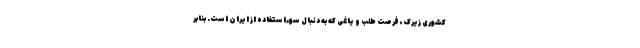
کشوری زیرک، فرصت طلب و یاغی که به دنبال سوءاستفاده از ایران است. بنابر